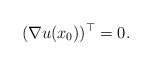
\begin{align*} (\nabla u(x_{0}))^{\top} = 0. \end{align*}